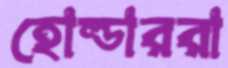
হোল্ডাররা